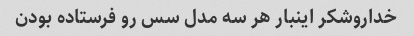
خداروشکر اینبار هر سه مدل سس رو فرستاده بودن